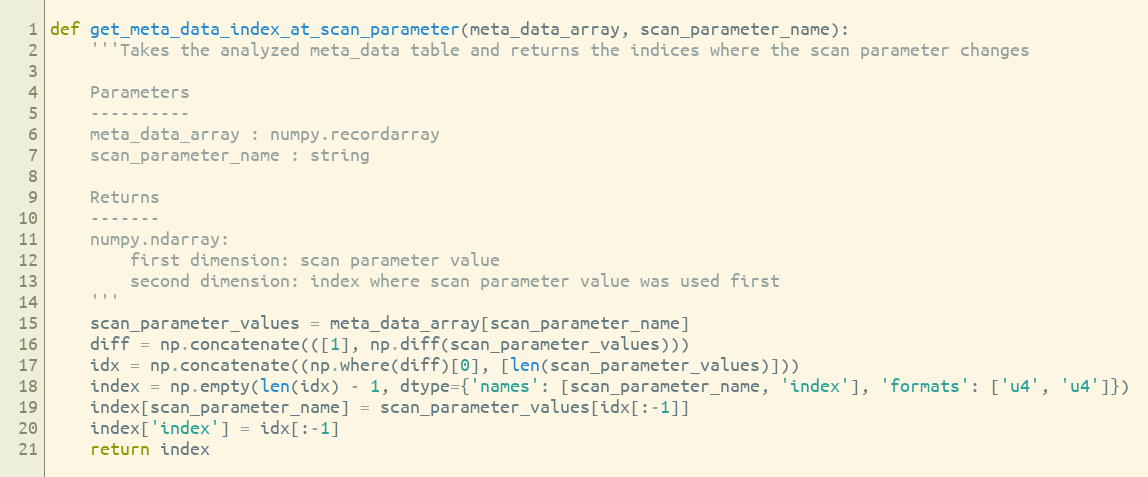
Language: Python
def get_meta_data_index_at_scan_parameter(meta_data_array, scan_parameter_name):
    '''Takes the analyzed meta_data table and returns the indices where the scan parameter changes

    Parameters
    ----------
    meta_data_array : numpy.recordarray
    scan_parameter_name : string

    Returns
    -------
    numpy.ndarray:
        first dimension: scan parameter value
        second dimension: index where scan parameter value was used first
    '''
    scan_parameter_values = meta_data_array[scan_parameter_name]
    diff = np.concatenate(([1], np.diff(scan_parameter_values)))
    idx = np.concatenate((np.where(diff)[0], [len(scan_parameter_values)]))
    index = np.empty(len(idx) - 1, dtype={'names': [scan_parameter_name, 'index'], 'formats': ['u4', 'u4']})
    index[scan_parameter_name] = scan_parameter_values[idx[:-1]]
    index['index'] = idx[:-1]
    return index